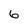
Character: 6